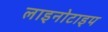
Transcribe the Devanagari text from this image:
लाइनोटाइप